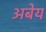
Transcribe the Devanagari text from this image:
अबेय